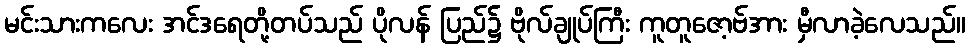
မင်းသားကလေး အင်ဒရေတို့တပ်သည် ပိုလန် ပြည်၌ ဗိုလ်ချုပ်ကြီး ကူတူဇော့ဗ်အား မှီလာခဲ့လေသည်။